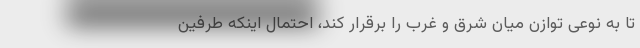
تا به نوعی توازن میان شرق و غرب را برقرار کند، احتمال اینکه طرفین